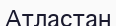
Атластан